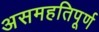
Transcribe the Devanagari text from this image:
असमहतिपूर्ण